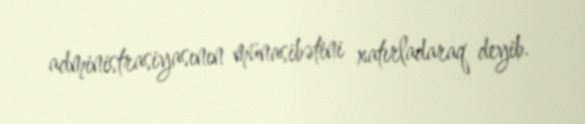
administrasiyasının münasibətini xatırladaraq deyib.